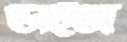
ডাইজ